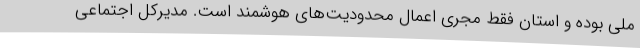
ملی بوده و استان فقط مجری اعمال محدودیت‌های هوشمند است. مدیرکل اجتماعی